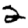
Digit: 2